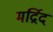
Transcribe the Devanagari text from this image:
मर्द्रिद